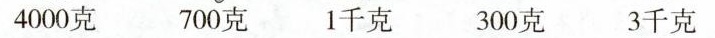
4000克 700克 1千克 300克 3千克